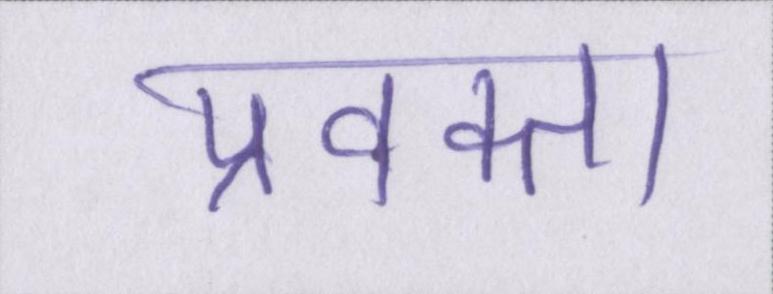
प्रवक्ता